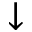
\downarrow